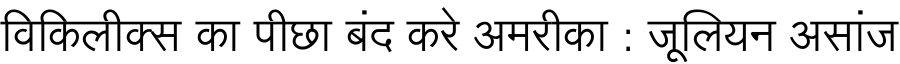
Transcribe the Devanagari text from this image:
विकिलीक्स का पीछा बंद करे अमरीका : जूलियन असांज